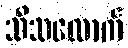
သိသလောက်